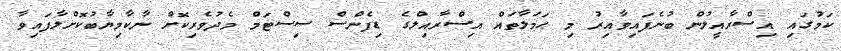
ކަމުގައި އިސްރާއީލުން ބުނެފައިވާއިރު މި ޙަމަލާތައް އިސްރާއިލްގެ ޑިފެންސް ސިސްޓަމް މެދުވެރިކޮށް ނާކާމިޔާބުކޮށްލާފައިވާ